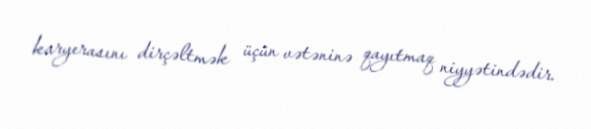
karyerasını dirçəltmək üçün vətəninə qayıtmaq niyyətindədir.